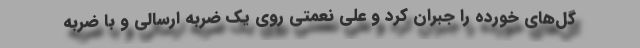
گل‌های خورده را جبران کرد و علی نعمتی روی یک ضربه ارسالی و با ضربه